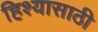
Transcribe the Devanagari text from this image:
हिश्यासाठी